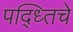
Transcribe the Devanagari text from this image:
पद्ध्तिचे